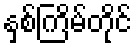
နှစ်ကြိမ်တိုင်